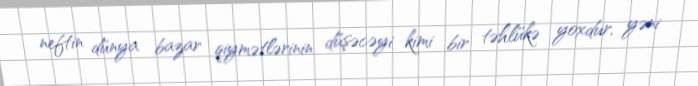
neftin dünya bazar qiymətlərinin düşəcəyi kimi bir təhlükə yoxdur, yəni